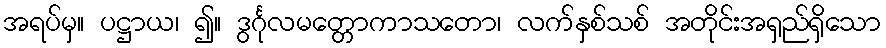
အရပ်မှ။ ပဋ္ဌာယ၊ ၍။ ဒွင်္ဂုလမတ္တောကာသတော၊ လက်နှစ်သစ် အတိုင်းအရှည်ရှိသော